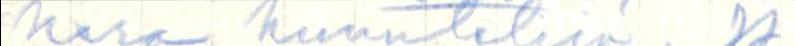
kera kuuntelija JJ